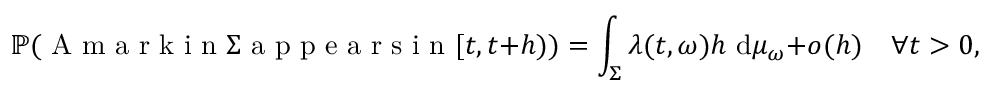
\mathbb { P } ( \mathrm { ~ A ~ m ~ a ~ r ~ k ~ i ~ n ~ } \Sigma \mathrm { ~ a ~ p ~ p ~ e ~ a ~ r ~ s ~ i ~ n ~ } [ t , t + h ) ) = \int _ { \Sigma } \lambda ( t , \omega ) h \mathrm { ~ d } \mu _ { \omega } + o ( h ) \quad \forall t > 0 , \quad \forall \Sigma \subset \Omega \mathrm { ~ . ~ }